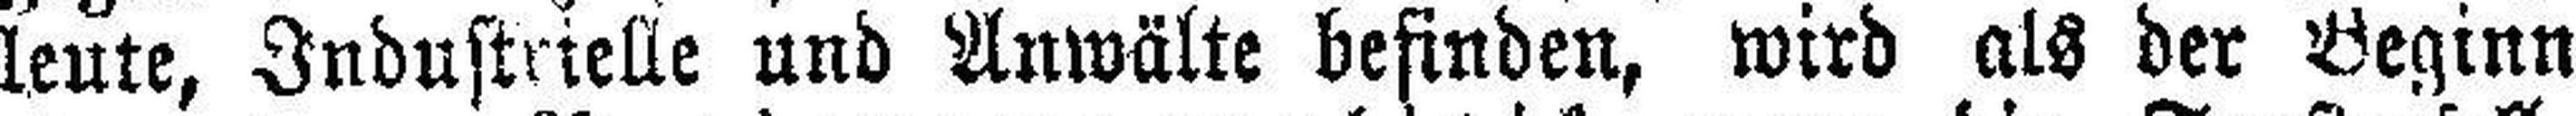
leute, Industrielle und Anwälte befinden, wird als der Beginn